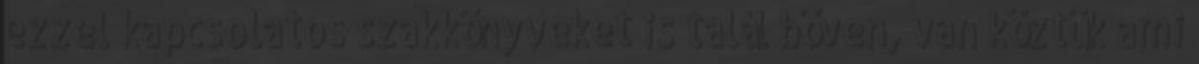
ezzel kapcsolatos szakkönyveket is talál bőven, van köztük ami